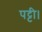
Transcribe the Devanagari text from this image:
पट्टी।